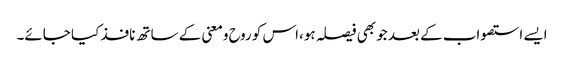
ایسے استصواب کے بعد جو بھی فیصلہ ہو،اس کو روح ومعنی کے ساتھ نافذ کیا جائے۔